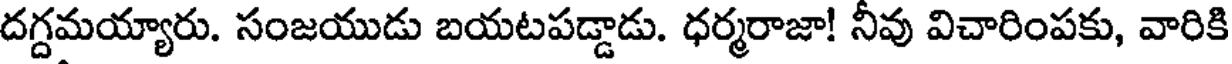
దగ్దమయ్యారు. సంజయుడు బయటపడ్డాడు. ధర్మరాజా! నీవు విచారింపకు, వారికి